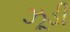
ઝૂડી